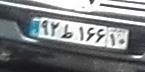
۹۲ط۱۶۶۱۰